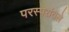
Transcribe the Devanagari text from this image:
परस्परांतले